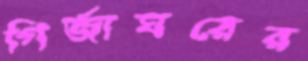
গির্জাঘরের